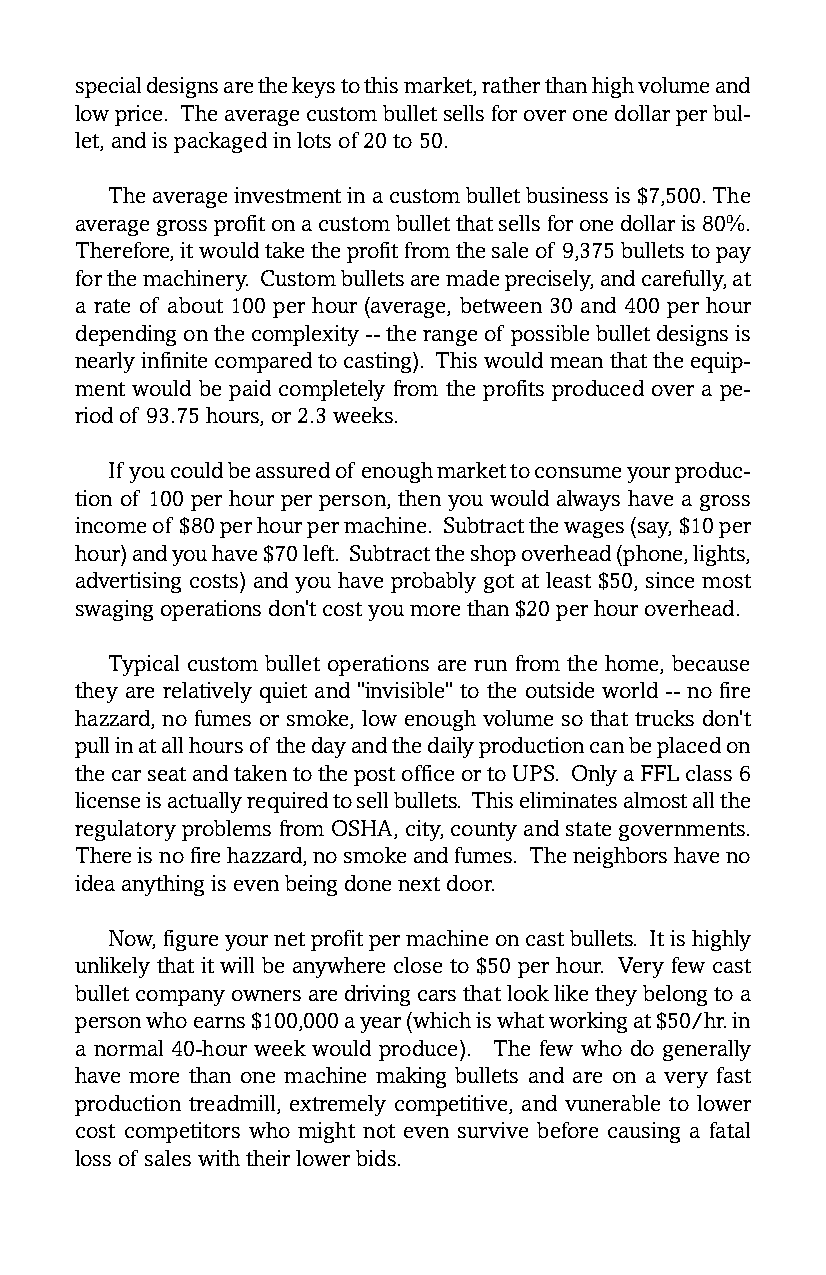
special designs are the keys to this market, rather than high volume and
 low price. The average custom bullet sells for over one dollar per bul-
 let, and is packaged in lots of 20 to 50.
 The average investment in a custom bullet business is $7,500. The
 average gross profit on a custom bullet that sells for one dollar is 80%.
 Therefore, it would take the profit from the sale of 9,375 bullets to pay
 for the machinery. Custom bullets are made precisely, and carefully, at
 a rate of about 100 per hour (average, between 30 and 400 per hour
 depending on the complexity -- the range of possible bullet designs is
 nearly infinite compared to casting). This would mean that the equip-
 ment would be paid completely from the profits produced over a pe-
 riod of 93.75 hours, or 2.3 weeks.
 If you could be assured of enough market to consume your produc-
 tion of 100 per hour per person, then you would always have a gross
 income of $80 per hour per machine. Subtract the wages (say, $10 per
 hour) and you have $70 left. Subtract the shop overhead (phone, lights,
 advertising costs) and you have probably got at least $50, since most
 swaging operations don’t cost you more than $20 per hour overhead.
 Typical custom bullet operations are run from the home, because
 they are relatively quiet and "invisible" to the outside world -- no fire
 hazzard, no fumes or smoke, low enough volume so that trucks don’t
 pull in at all hours of the day and the daily production can be placed on
 the car seat and taken to the post office or to UPS. Only a FFL class 6
 license is actually required to sell bullets. This eliminates almost all the
 regulatory problems from OSHA, city, county and state governments.
 There is no fire hazzard, no smoke and fumes. The neighbors have no
 idea anything is even being done next door.
 Now, figure your net profit per machine on cast bullets. It is highly
 unlikely that it will be anywhere close to $50 per hour. Very few cast
 bullet company owners are driving cars that look like they belong to a
 person who earns $100,000 a year (which is what working at $50/hr. in
 a normal 40-hour week would produce). The few who do generally
 have more than one machine making bullets and are on a very fast
 production treadmill, extremely competitive, and vunerable to lower
 cost competitors who might not even survive before causing a fatal
 loss of sales with their lower bids.